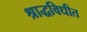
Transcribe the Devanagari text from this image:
श्राद्धविधीत